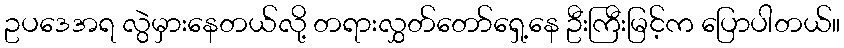
ဥပဒေအရ လွဲမှားနေတယ်လို့ တရားလွှတ်တော်ရှေ့နေ ဦးကြီးမြင့်က ပြောပါတယ်။